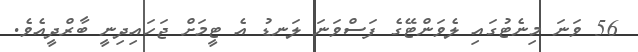
56 ވަނަ މިނެޓުގައި ލެވަންޓޭގެ ފަސްވަނަ ލަނޑު އެ ޓީމަށް ޖަހައިދިނީ ބާރްދީއެވެ.